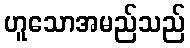
ဟူသောအမည်သည်